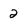
Character: 2